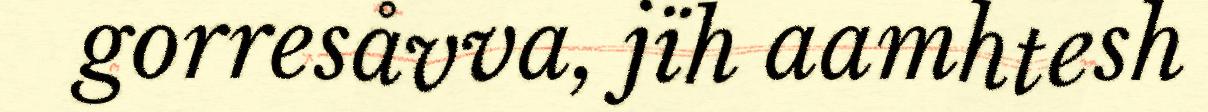
gorresåvva, jïh aamhtesh